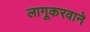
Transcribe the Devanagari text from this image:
लागूकरवाने